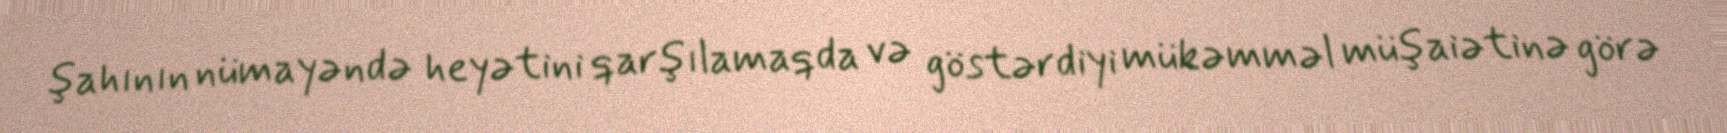
şahının nümayəndə heyətini qarşılamaqda və göstərdiyi mükəmməl müşaiətinə görə